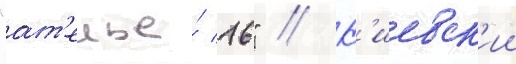
"ат'елье́ 16" // К'иевск'ии